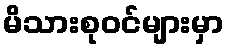
မိသားစုဝင်များမှာ